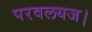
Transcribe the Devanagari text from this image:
परवलयज।